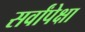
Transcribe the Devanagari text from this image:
सर्वांपेक्षा